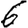
Digit: 6